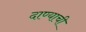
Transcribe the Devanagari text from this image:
दाण्याची